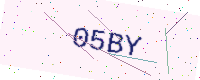
Text: 05BY